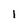
Character: l